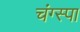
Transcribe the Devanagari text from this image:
चंग्स्पा